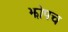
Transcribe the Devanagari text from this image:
झोपच